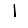
Digit: 1